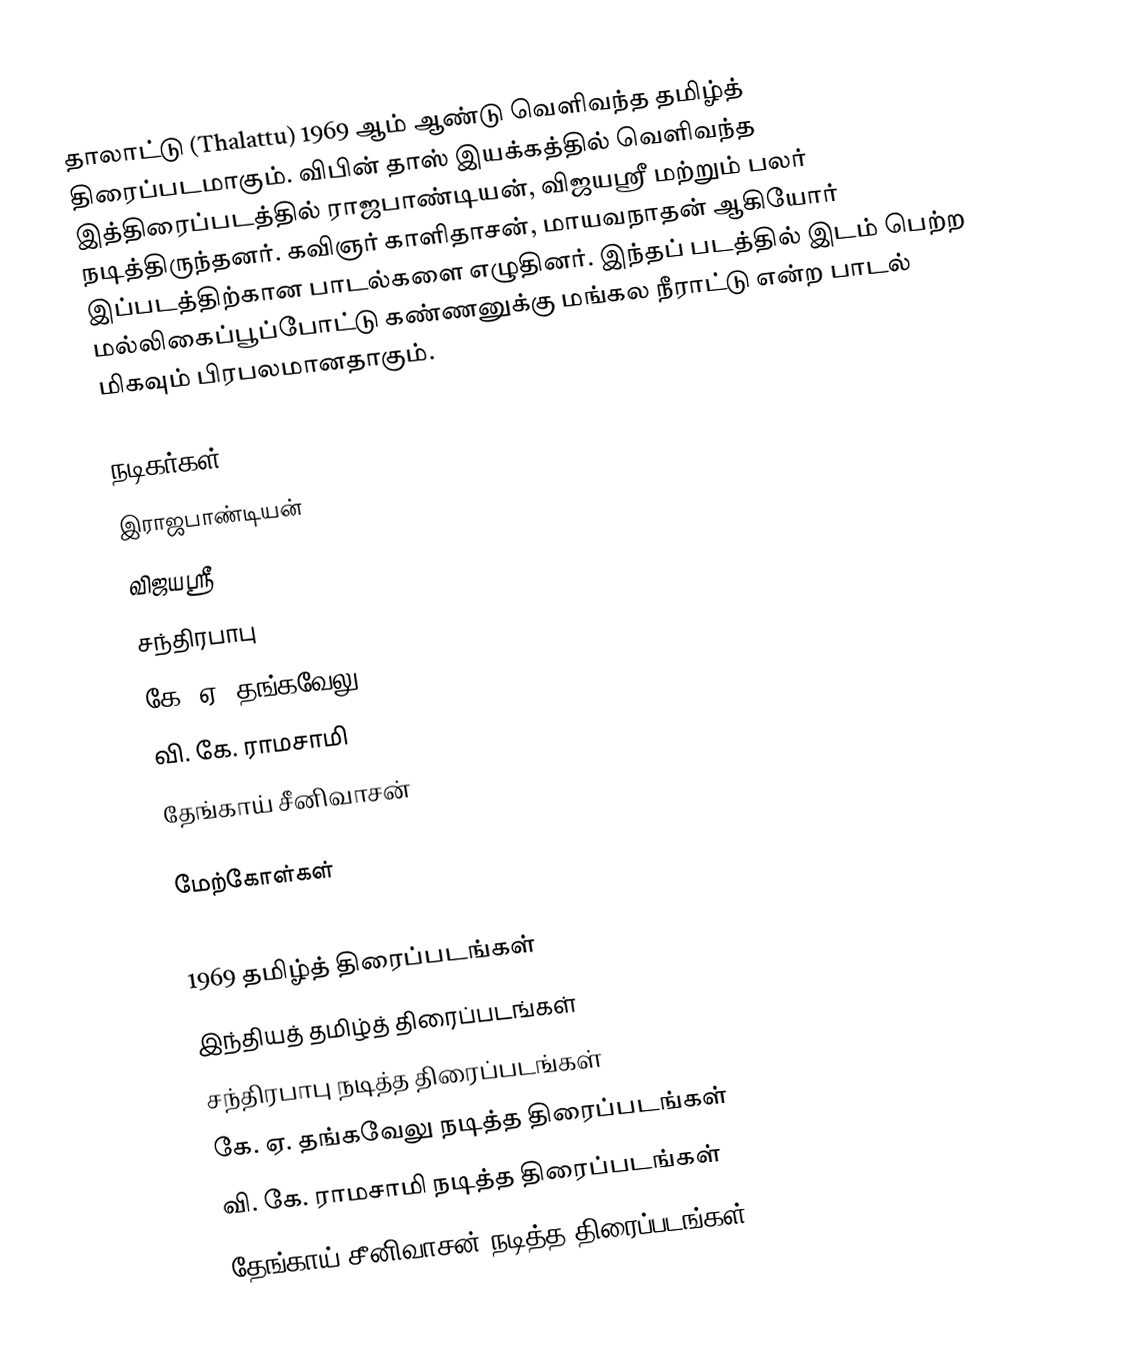
தாலாட்டு (Thalattu) 1969 ஆம் ஆண்டு வெளிவந்த தமிழ்த் திரைப்படமாகும். விபின் தாஸ் இயக்கத்தில் வெளிவந்த இத்திரைப்படத்தில் ராஜபாண்டியன், விஜயஸ்ரீ மற்றும் பலர் நடித்திருந்தனர். கவிஞர் காளிதாசன், மாயவநாதன் ஆகியோர்  இப்படத்திற்கான பாடல்களை எழுதினர். இந்தப் படத்தில் இடம் பெற்ற மல்லிகைப்பூப்போட்டு கண்ணனுக்கு மங்கல நீராட்டு என்ற பாடல் மிகவும் பிரபலமானதாகும்.

நடிகர்கள்
 இராஜபாண்டியன்
 விஜயஸ்ரீ
 சந்திரபாபு
 கே. ஏ. தங்கவேலு
 வி. கே. ராமசாமி
 தேங்காய் சீனிவாசன்

மேற்கோள்கள்

1969 தமிழ்த் திரைப்படங்கள்
இந்தியத் தமிழ்த் திரைப்படங்கள்
சந்திரபாபு நடித்த திரைப்படங்கள்
கே. ஏ. தங்கவேலு நடித்த திரைப்படங்கள்
வி. கே. ராமசாமி நடித்த திரைப்படங்கள்
தேங்காய் சீனிவாசன் நடித்த திரைப்படங்கள்